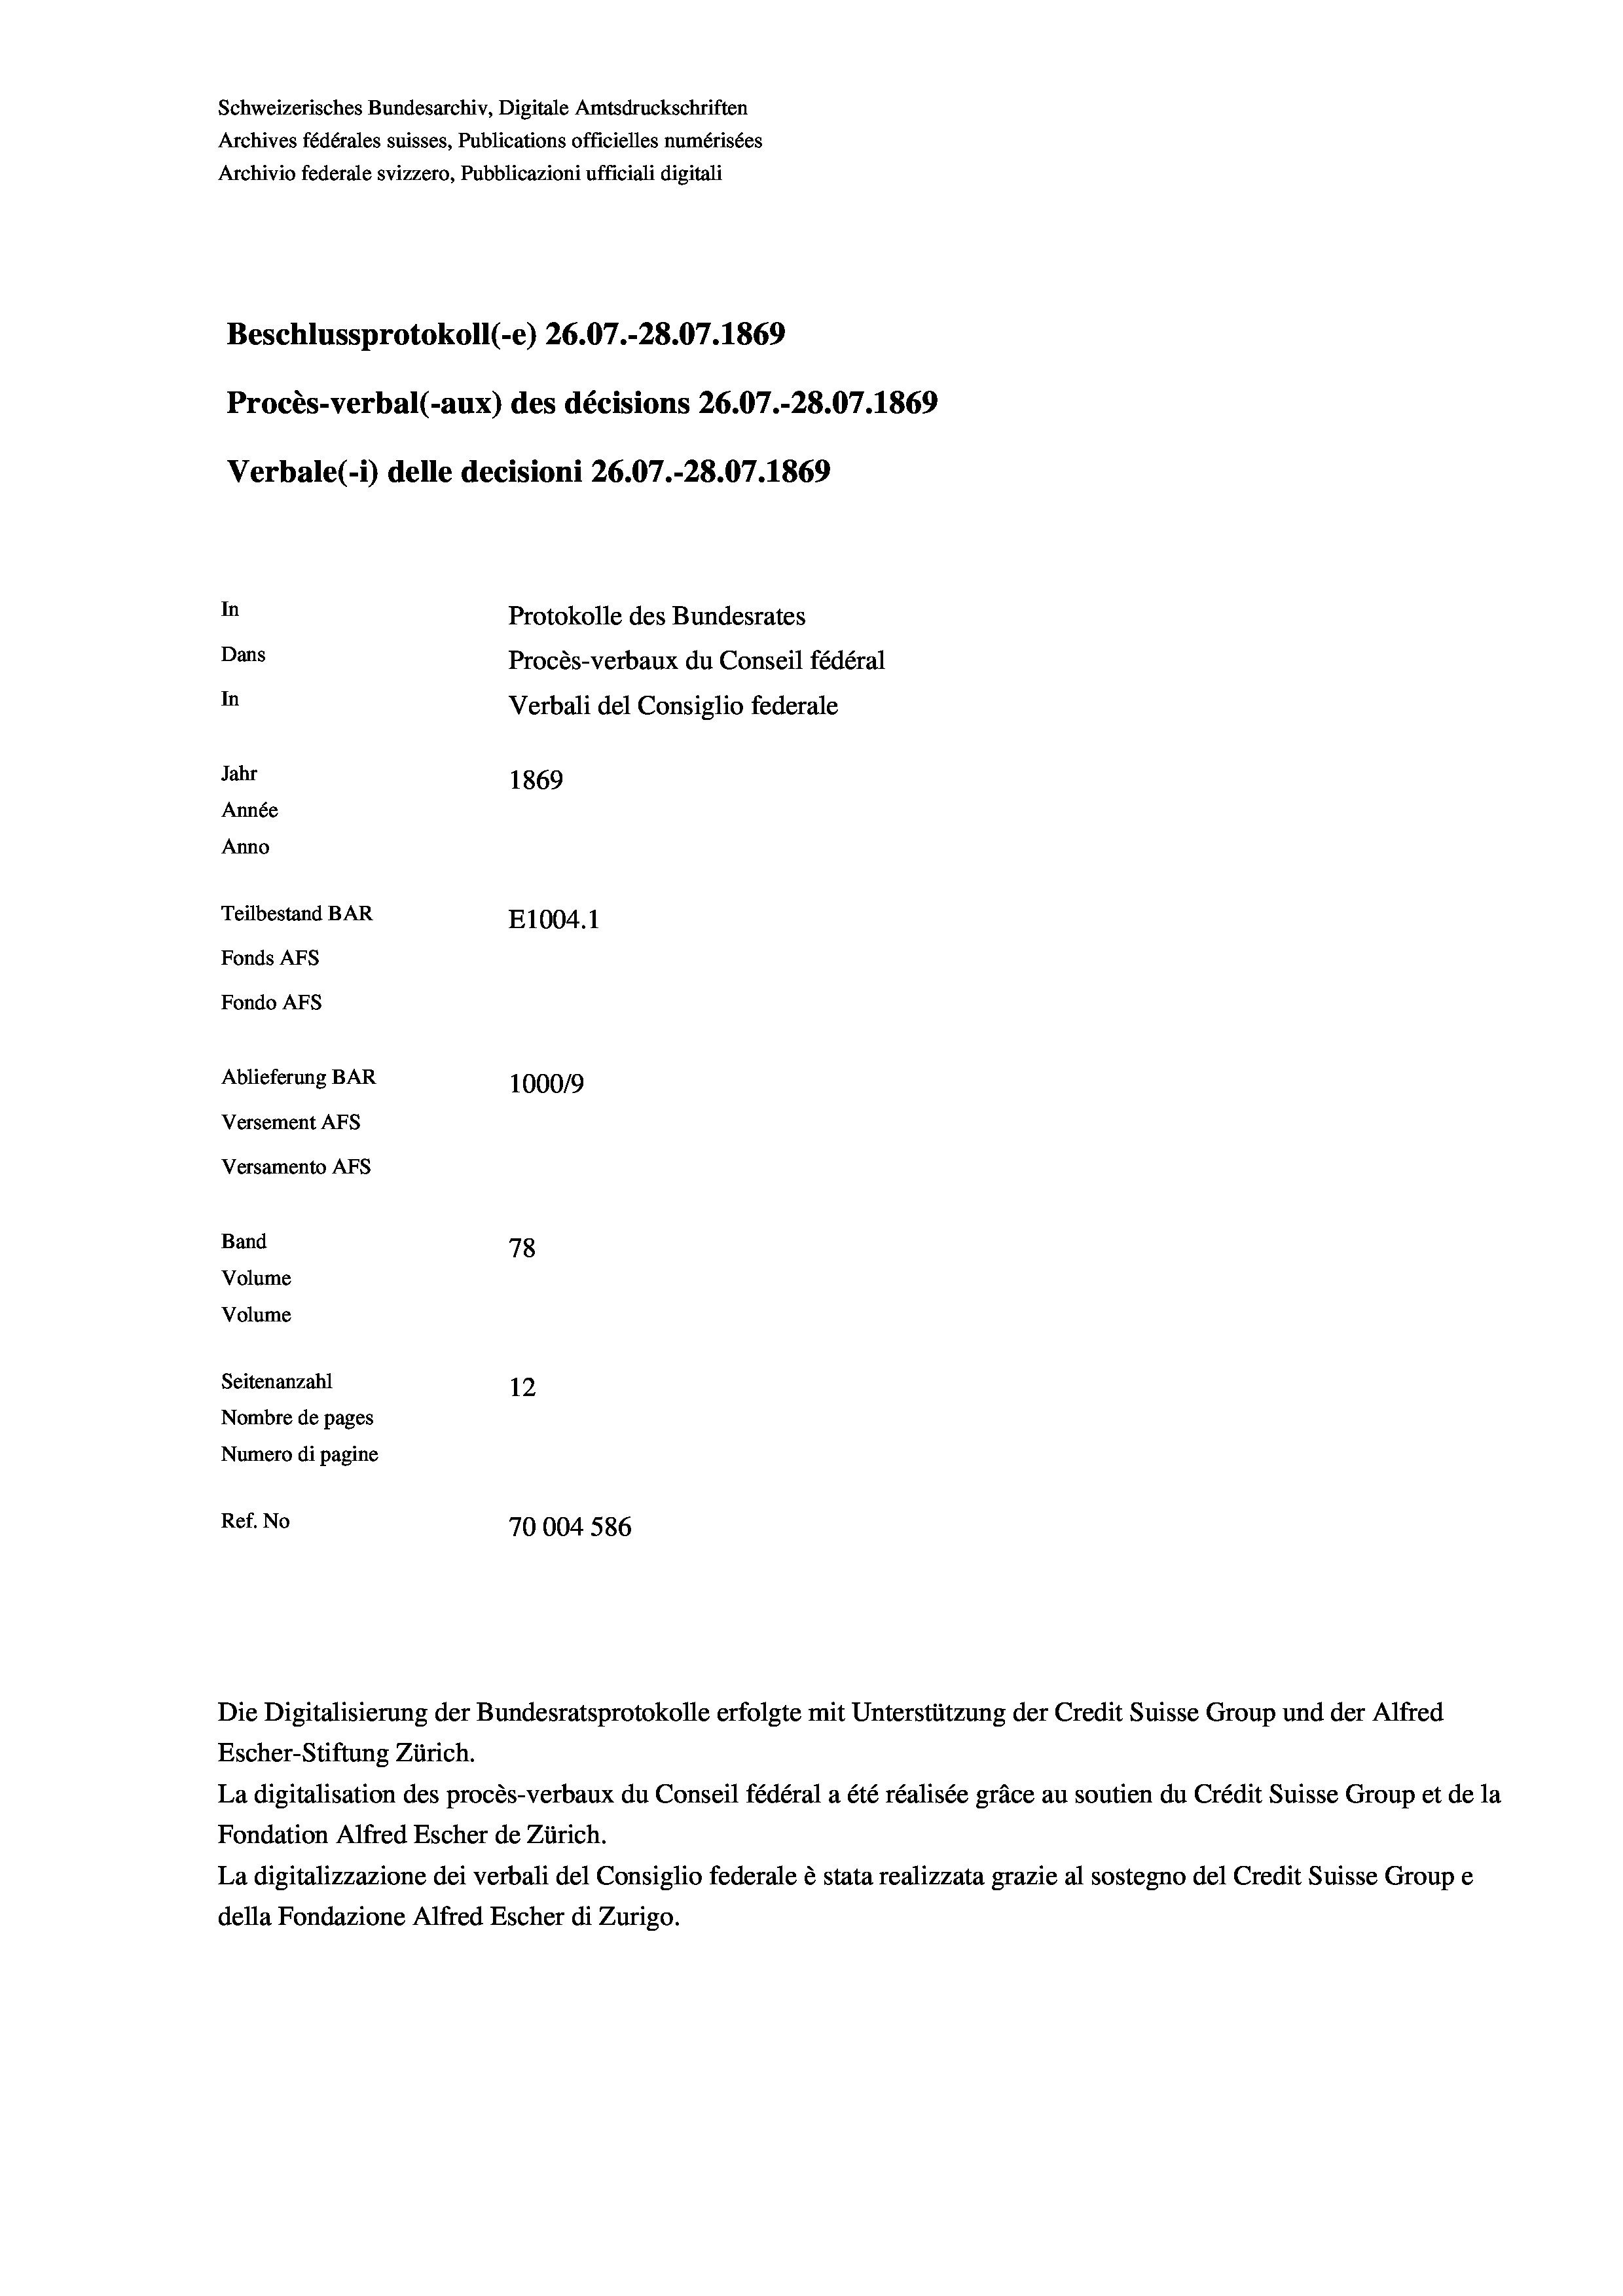
Schweizerisches Bundesarchiv, Digitale Amtsdruckschriften
Archives fédérales suisses, Publications officielles numérisées
Archivio federale svizzero, Pubblicazioni ufficiali digitali
Beschlussprotokoll (-e) 26.07.-28.07. 1869
Procès-verbal (-aux) des décisions 26.07.-28.07. 1869
Verbale (i) delle decisioni 26.07.-28.07. 1869
In
Protokolle des Bundesrates
Dans
Procès-verbaux du Conseil fédéral
In
Verbali del Consiglio federale
Jahr
1869
Année
Anno
Teilbestand BAR
E1004.1
Fonds AFs
Fondo Afs
Ablieferung BAR
100019
Versement AFs
Versamento Afs
Band
78
Volume
Volume
Seitenanzahl
12
Nombre de pages
Numero di pagine
Ref. No
70004 586

Die Digitalisierung der Bundesratsprotokolle erfolgte mit Unterstützung der Credit Suisse Group und der Alfred
Escher-Stiftung Zürich.
La digitalisation des procès-verbaux du Conseil fédéral a été réalisée gräce au soutien du Crédit Suisse Group et de la
Fondation Alfred Escher de Zürich.
La digitalizzazione dei verbali del Consiglio federale è stata realizzata grazie al sostegno del Credit Suisse Groupe
della Fondazione Alfred Escher di Zurigo.